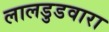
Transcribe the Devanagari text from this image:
लालडुडवारा